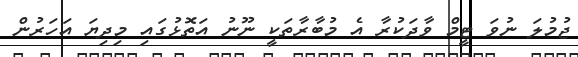
ޖުމުލަ ނުވަ ޓީމް ވާދަކުރާ އެ މުބާރާތަކީ ނޫނު އަތޮޅުގައި މިދިޔަ އަހަރުން